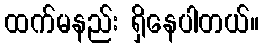
ထက်မနည်း ရှိနေပါတယ်။